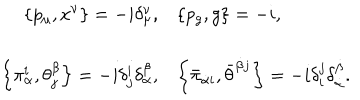
\begin{array} { r l } { { { \displaystyle \left\{ p _ { \mu } , x ^ { \nu } \right\} = - i \delta _ { \mu } ^ { \nu } , } } } & { { { \displaystyle \left\{ p _ { g } , g \right\} = - i , } } } \\ { { { \displaystyle \left\{ \pi _ { \alpha } ^ { i } , \theta _ { j } ^ { \beta } \right\} = - i \delta _ { j } ^ { i } \delta _ { \alpha } ^ { \beta } , } } } & { { { \displaystyle \left\{ \bar { \pi } _ { \dot { \alpha } i } , \bar { \theta } ^ { \dot { \beta } j } \right\} = - i \delta _ { i } ^ { j } \delta _ { \dot { \alpha } } ^ { \dot { \beta } } . } } } \\ \end{array}